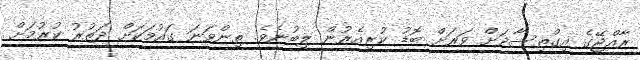
ރާއްޖޭގެ އިގްތިސާދަށް ވަރަށް ބޮޑު ކުރިއެރުން ލިބުނެވެ. ތިންވަނަ ގައުމަކަށް ދަތުރު ކުރުމަށް